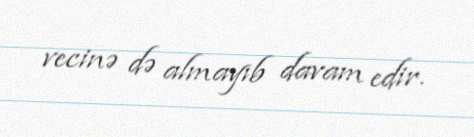
vecinə də almayıb davam edir.